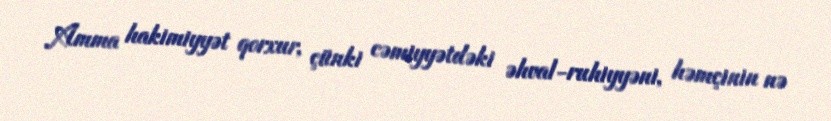
Amma hakimiyyət qorxur, çünki cəmiyyətdəki əhval-ruhiyyəni, həmçinin nə